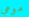
مومي